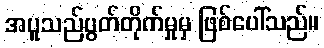
အပူသည်ပွတ်တိုက်မှုမှ ဖြစ်ပေါ်သည်။